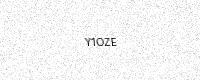
Text: Y1OZE